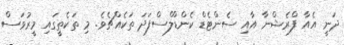
ދަނީ އެއާ ފްރެޝްނާ އާއި ސެންޓެޑް ކެންޑްލްސްފަދަ ތަކެއްޗެވެ. މި ތަކެތީގައި މީރުވަސް